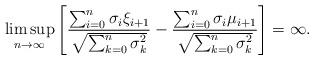
LaTeX: \begin{align*}\limsup_{n\to \infty}\left[\frac{\sum_{i=0}^n \sigma_i\xi_{i+1}}{\sqrt{\sum_{k=0}^{n}\sigma^2_k}}-\frac{\sum_{i=0}^n \sigma_i\mu_{i+1}}{\sqrt{\sum_{k=0}^{n}\sigma^2_k}}\right]=\infty.\end{align*}